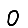
Digit: 0